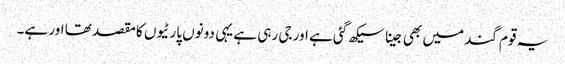
یہ قوم گند میں بھی جینا سیکھ گئی ہے اور جی رہی ہے یہی دونوں پارٹیوں کا مقصد تھا اور ہے۔